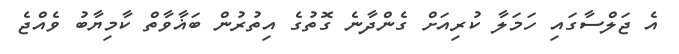
އެ ޖަލްސާގައި ހަމަލާ ކުރިއަށް ގެންދާނެ ގޮތުގެ އިތުރުން ބަޣާވާތް ކާމިޔާބު ވެއްޖެ